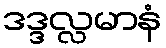
ဒဒ္ဒလ္လမာနံ